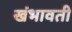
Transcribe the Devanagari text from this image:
खंभावती